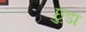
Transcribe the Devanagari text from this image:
छ़ुडा